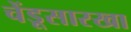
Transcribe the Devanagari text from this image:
चेंडूसारखा